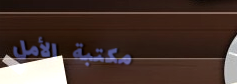
مكتبة الأمل